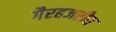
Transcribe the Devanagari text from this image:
गैरहजरीत